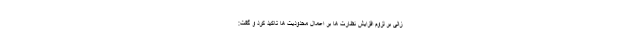
زالی بر لزوم افزایش نظارت ها بر اعمال محدودیت ها تاکید کرد و گفت: